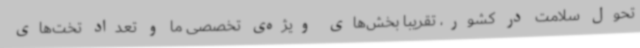
تحول سلامت در کشور، تقریبا بخش‌های ویژه‌ی تخصصی ما و تعداد تخت‌های